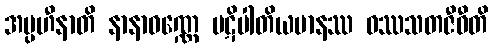
အပ္ပဟီနာတိ နာနာဝဏ္ဏေ ပဋိပါတိယမာနဿ ဝဿသတဇီဝီတိ